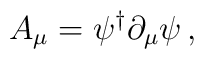
A_{\mu}=\psi^{\dagger}\partial_{\mu}\psi\,,